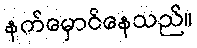
နက်မှောင်နေသည်။